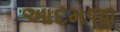
આદમજી